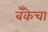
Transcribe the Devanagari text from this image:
बँकॆचा